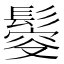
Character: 𩮃